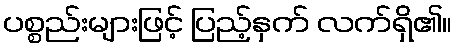
ပစ္စည်းများဖြင့် ပြည့်နှက် လက်ရှိ၏။